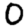
Digit: 0